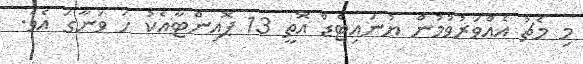
މި މެޗު އެއްވަރުވުމުން ޔުނައިޓެޑް އޮތީ 13 ޕޮއިންޓާއެކު ހަ ވަނާގަ އެވެ.